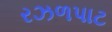
રઝળપાટ